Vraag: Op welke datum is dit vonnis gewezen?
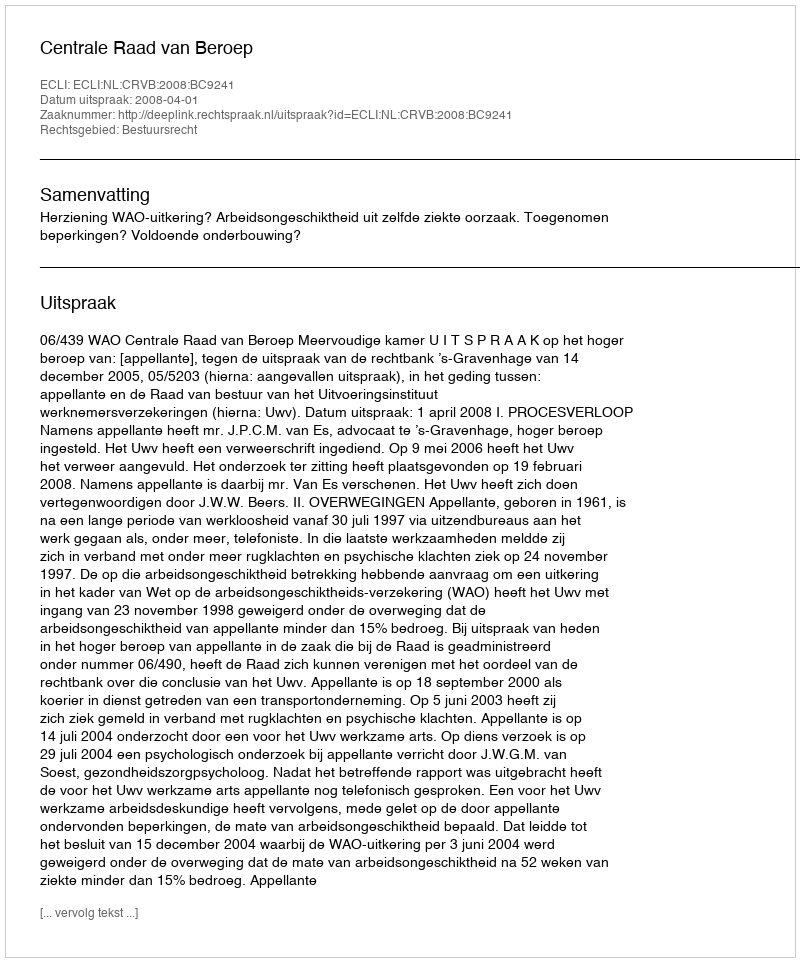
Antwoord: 2008-04-01